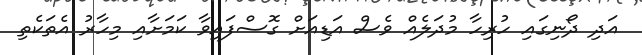
އަދި ދޯނިގައި ހުރިހާ މުދަލެއް ވެސް އަޑިއަށް ގޮސްފައިވާ ކަމަށާއި މިހާރު އެތަކެތި